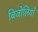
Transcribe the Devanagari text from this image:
बिजोलियाँ